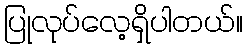
ပြုလုပ်လေ့ရှိပါတယ်။